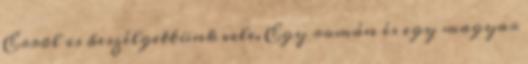
Errõl is beszélgettünk vele. Egy román és egy magyar